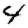
Digit: 4